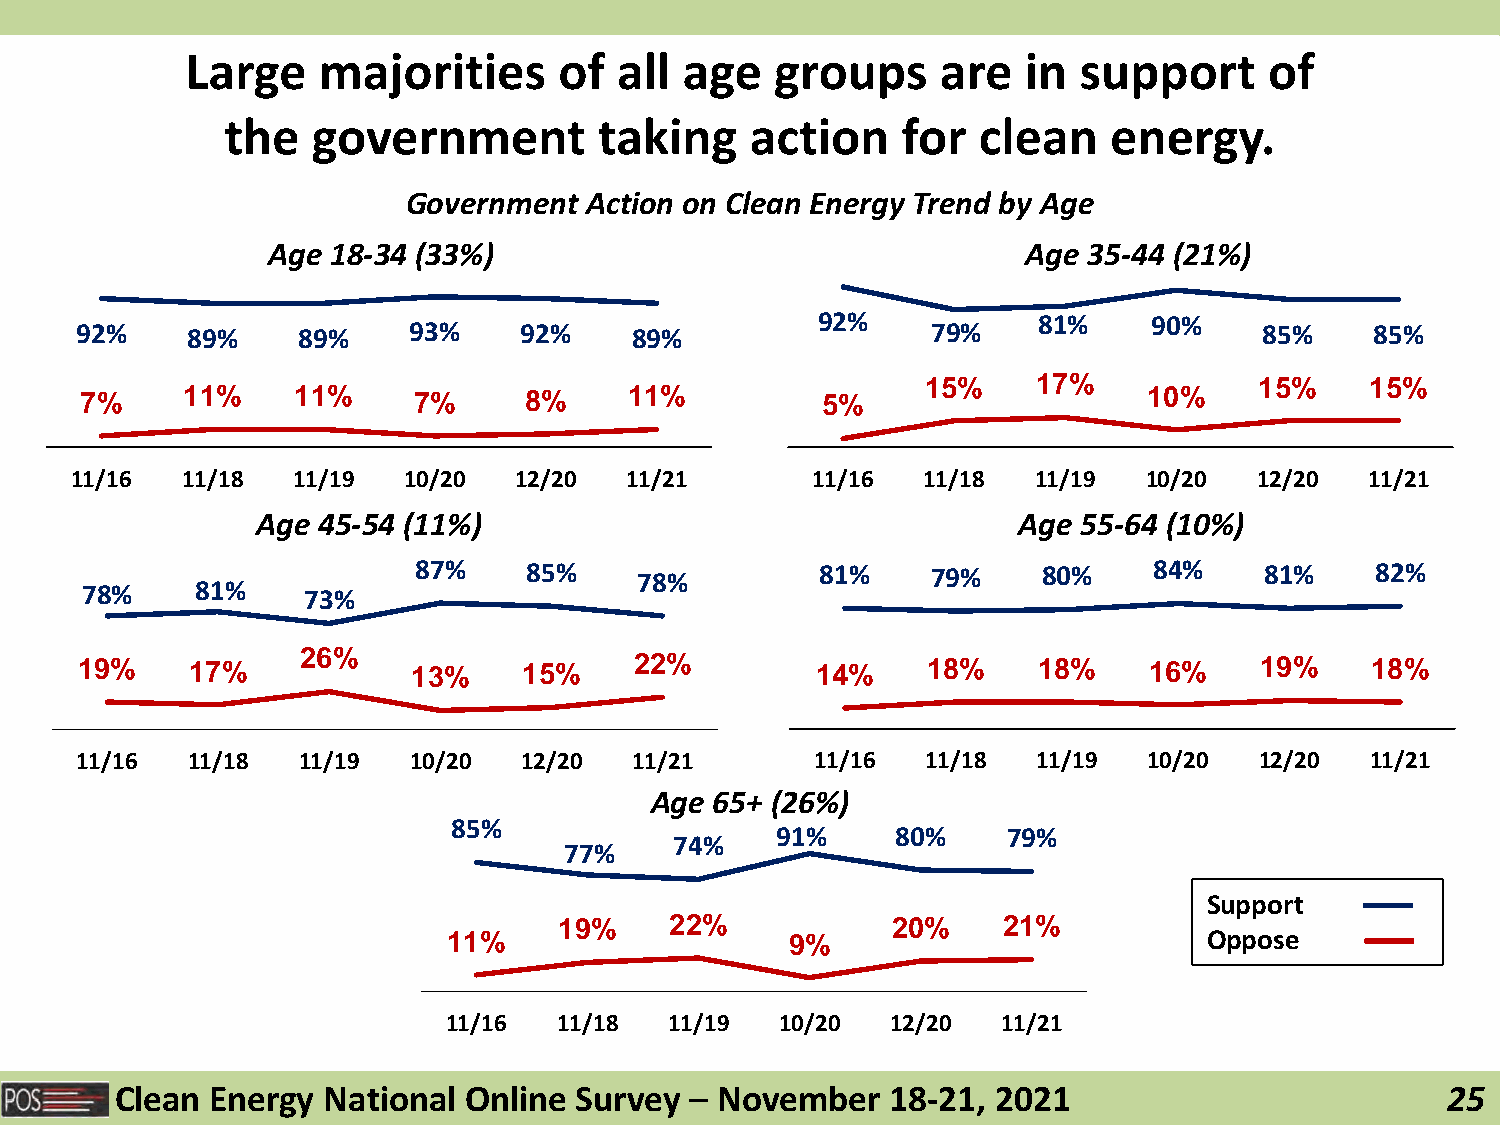
Large    majorities      of  all age   groups     are   in support      of
 the   government         taking    action    for  clean    energy.
 Government  Action on Clean Energy Trend by Age
 Age 18-34 (33%)                                   Age 35-44 (21%)
 92%            81%    90%
 92%    89%     89%    93%    92%     89%                 79%                   85%    85%
 15%     17%           15%     15%
 7%     11%    11%     7%      8%     11%         5%                    10%
 11/16  11/18  11/19   10/20  12/20  11/21        11/16  11/18  11/19   10/20  12/20   11/21
 Age 45-54 (11%)                                   Age  55-64 (10%)
 87%     85%    78%         81%     79%    80%    84%     81%    82%
 78%     81%    73%
 19%     17%    26%    13%     15%    22%         14%    18%     18%    16%    19%     18%
 11/16  11/18   11/19  10/20  12/20   11/21       11/16  11/18   11/19  10/20  12/20   11/21
 Age 65+ (26%)
 85%
 91%     80%     79%
 74%
 77%
 Support
 19%    22%            20%    21%
 11%                   9%                          Oppose
 11/16  11/18  11/19   10/20  12/20  11/21
 Clean Energy National  Online Survey  – November   18-21, 2021                          25